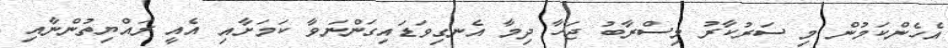
އެހެންކަމުން މި ސަރުކާރު މިސްރާބު ޖަހާ ދިމާ އެނގިވަޑައިގަންނަވާ ކަމަށާއި އެއީ ރައްޔިތުންނާއި